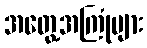
အတွေ့အကြုံများ